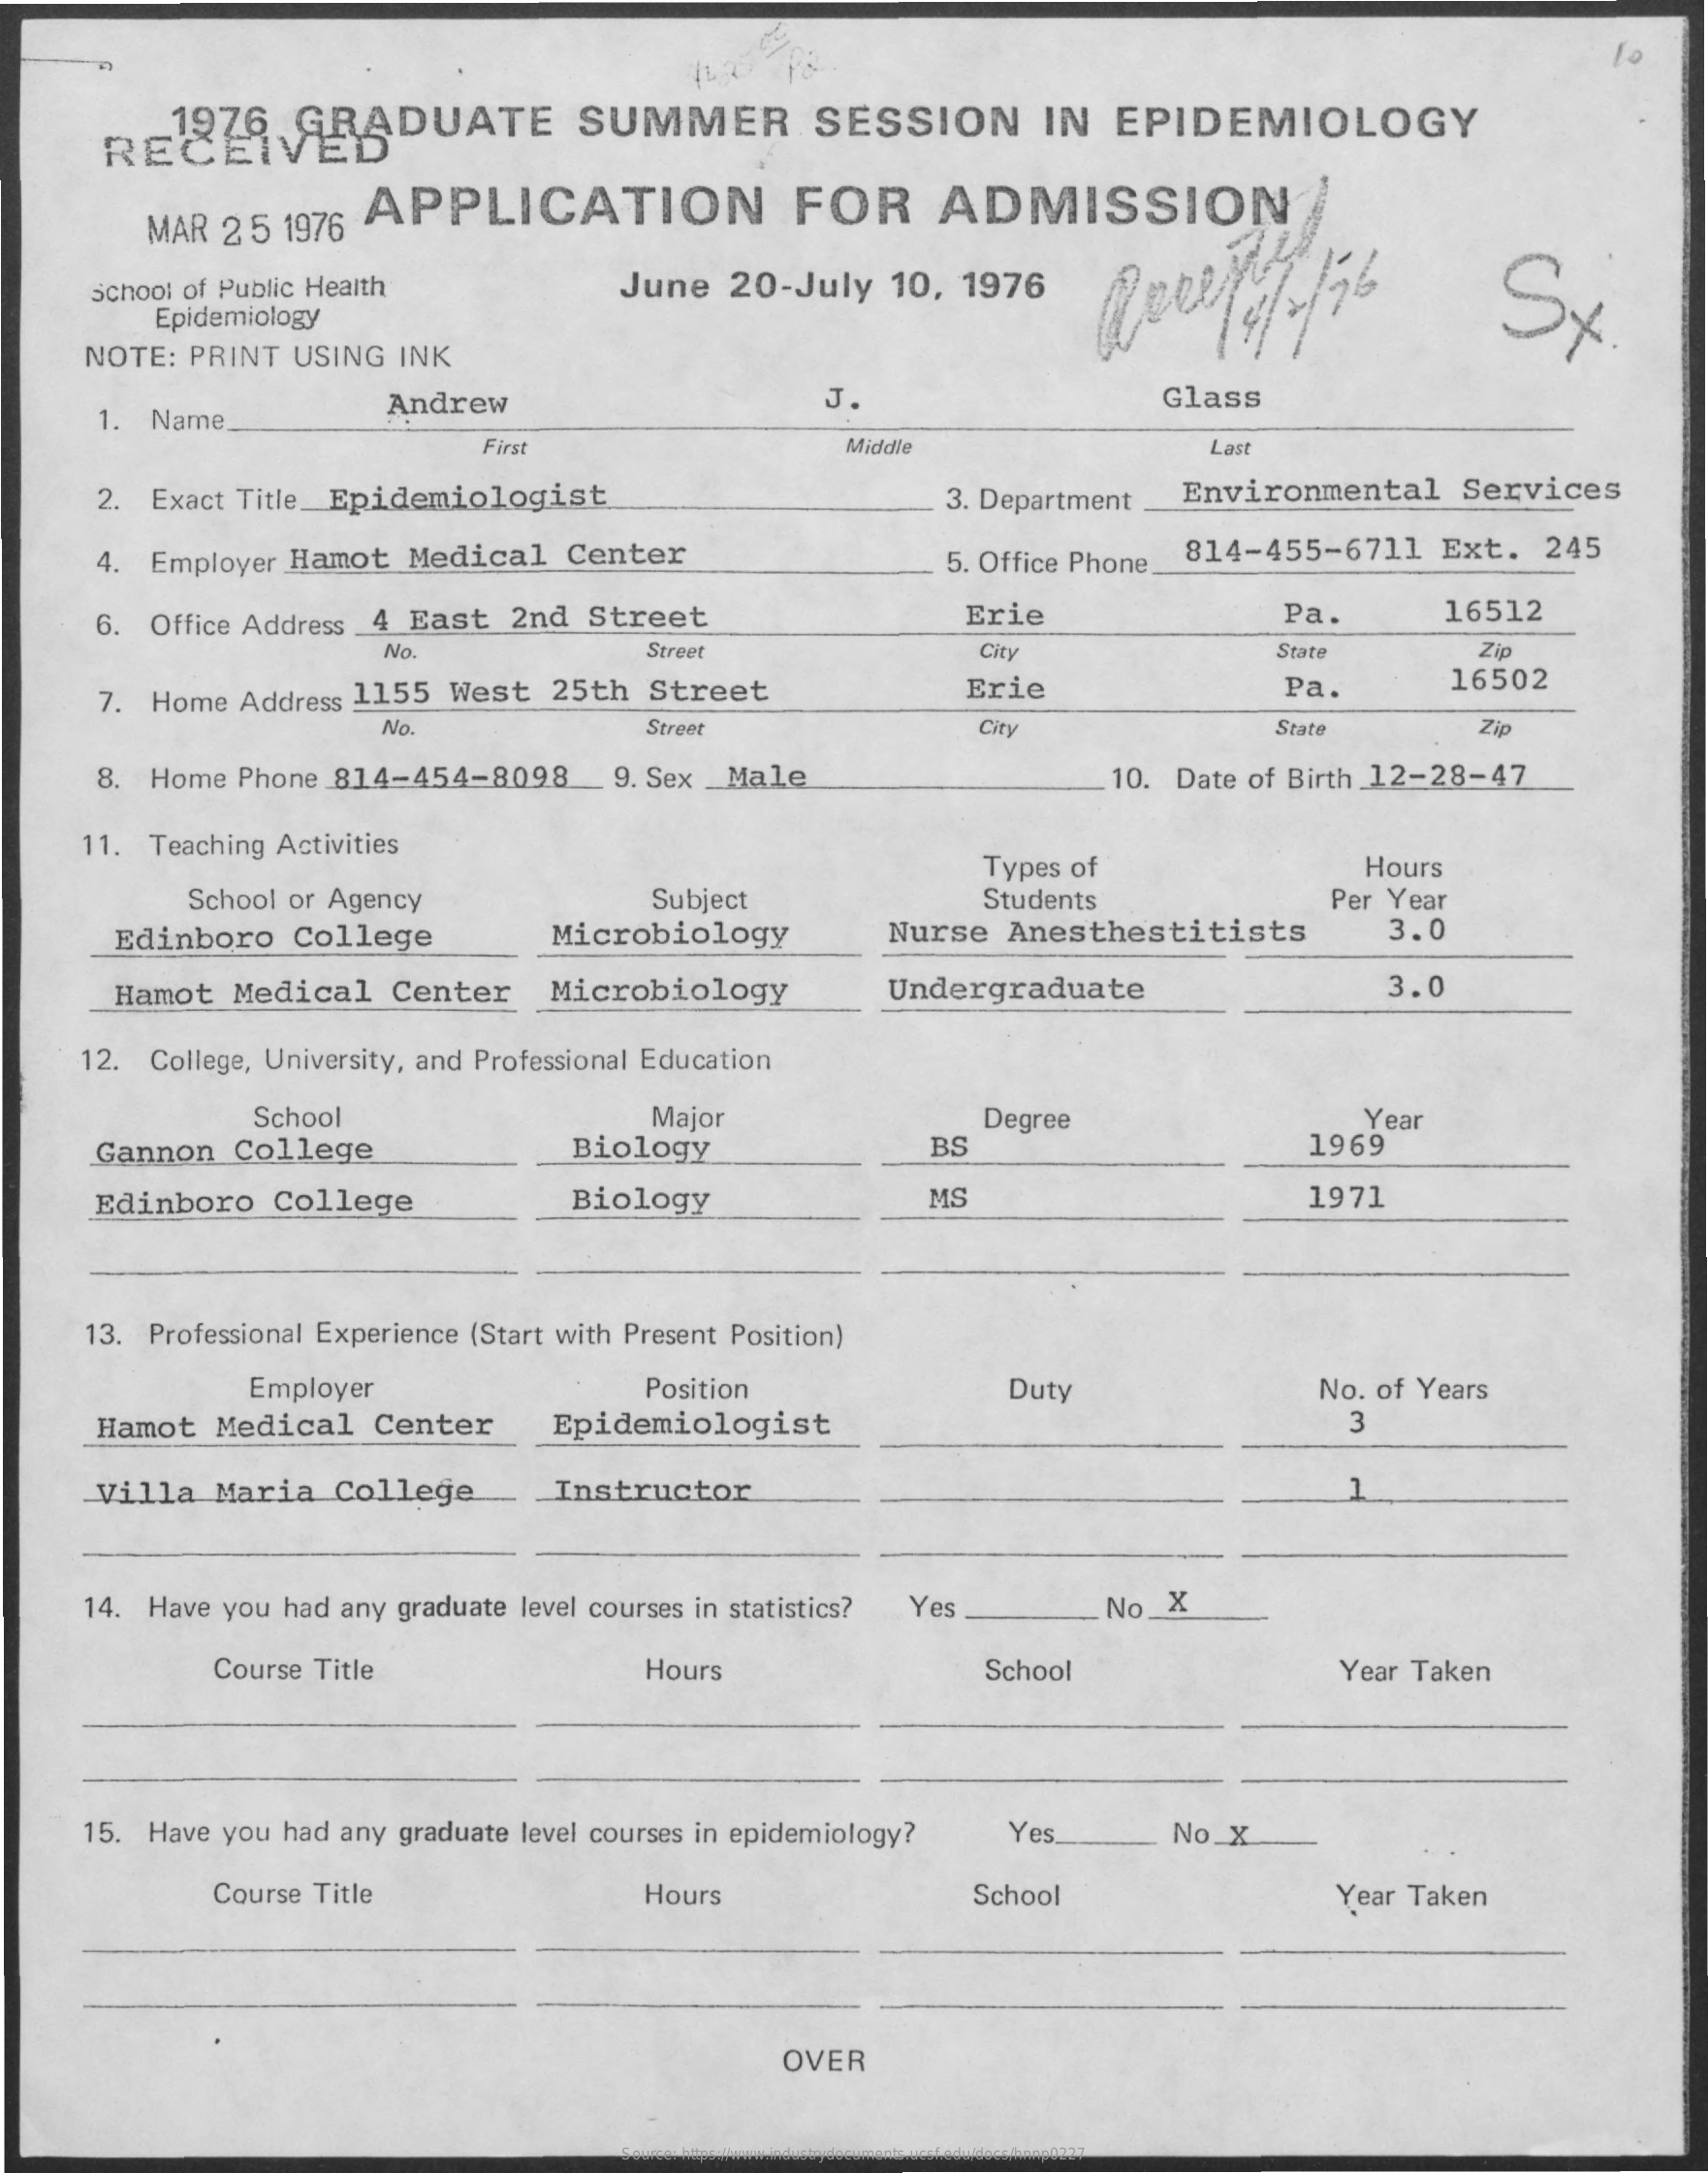
RECEIVED 1976 GRADUATE SUMMER SESSION IN EPIDEMIOLOGY
     MAR 25 1976 APPLICATION   FOR   ADMISSION
     Sx School of Public Health June 20-July 10, 1976
     Epidemiology
    NOTE: PRINT USING INK
    1. Name.
     Andrew    J.    Glass
     First    Middle    Last
    2. Exact Title_Epidemiologist    3. Department Environmental Services
    4. Employer Hamot Medical Center   5. Office Phone_ 814-455-6711 Ext. 245
    6. Office Address 4 East 2nd Street Erie    Pa.    16512
     No.    Street    City    State   Zip
    7. Home Address 1155 West 25th Street Erie    Pa.    16502
     No.    Street    City    State   Zip
    8. Home Phone 814-454-8098_9. Sex _Male  10. Date of Birth 12-28-47
    11. Teaching Activities
     Types of    Hours
     School or Agency   Subject    Students    Per Year
     Edinboro College  Microbiology Nurse Anesthestitists 3.0
     Hamot Medical Center Microbiology Undergraduate    3.0
    12. College, University, and Professional Education
     School    Major
     Biology
     Degree    Year
    Gannon College    BS    1969
    Edinboro College    Biology    MS    1971
    13. Professional Experience (Start with Present Position)
     Employer    Position    Duty    No. of Years
    Hamot Medical Center Epidemiologist    3
    Villa Maria College Instructor    1
    14. Have you had any graduate level courses in statistics? Yes No_X
     Course Title    Hours    School    Year Taken
    15. Have you had any graduate level courses in epidemiology? Yes No_X
     Course Title    Hours    School    Year Taken
     OVER
     Source: https://www.industrydocuments.ucsf.edu/docs/hnnp0227